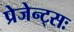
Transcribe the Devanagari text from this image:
प्रेजेन्ट्सः